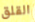
القلق